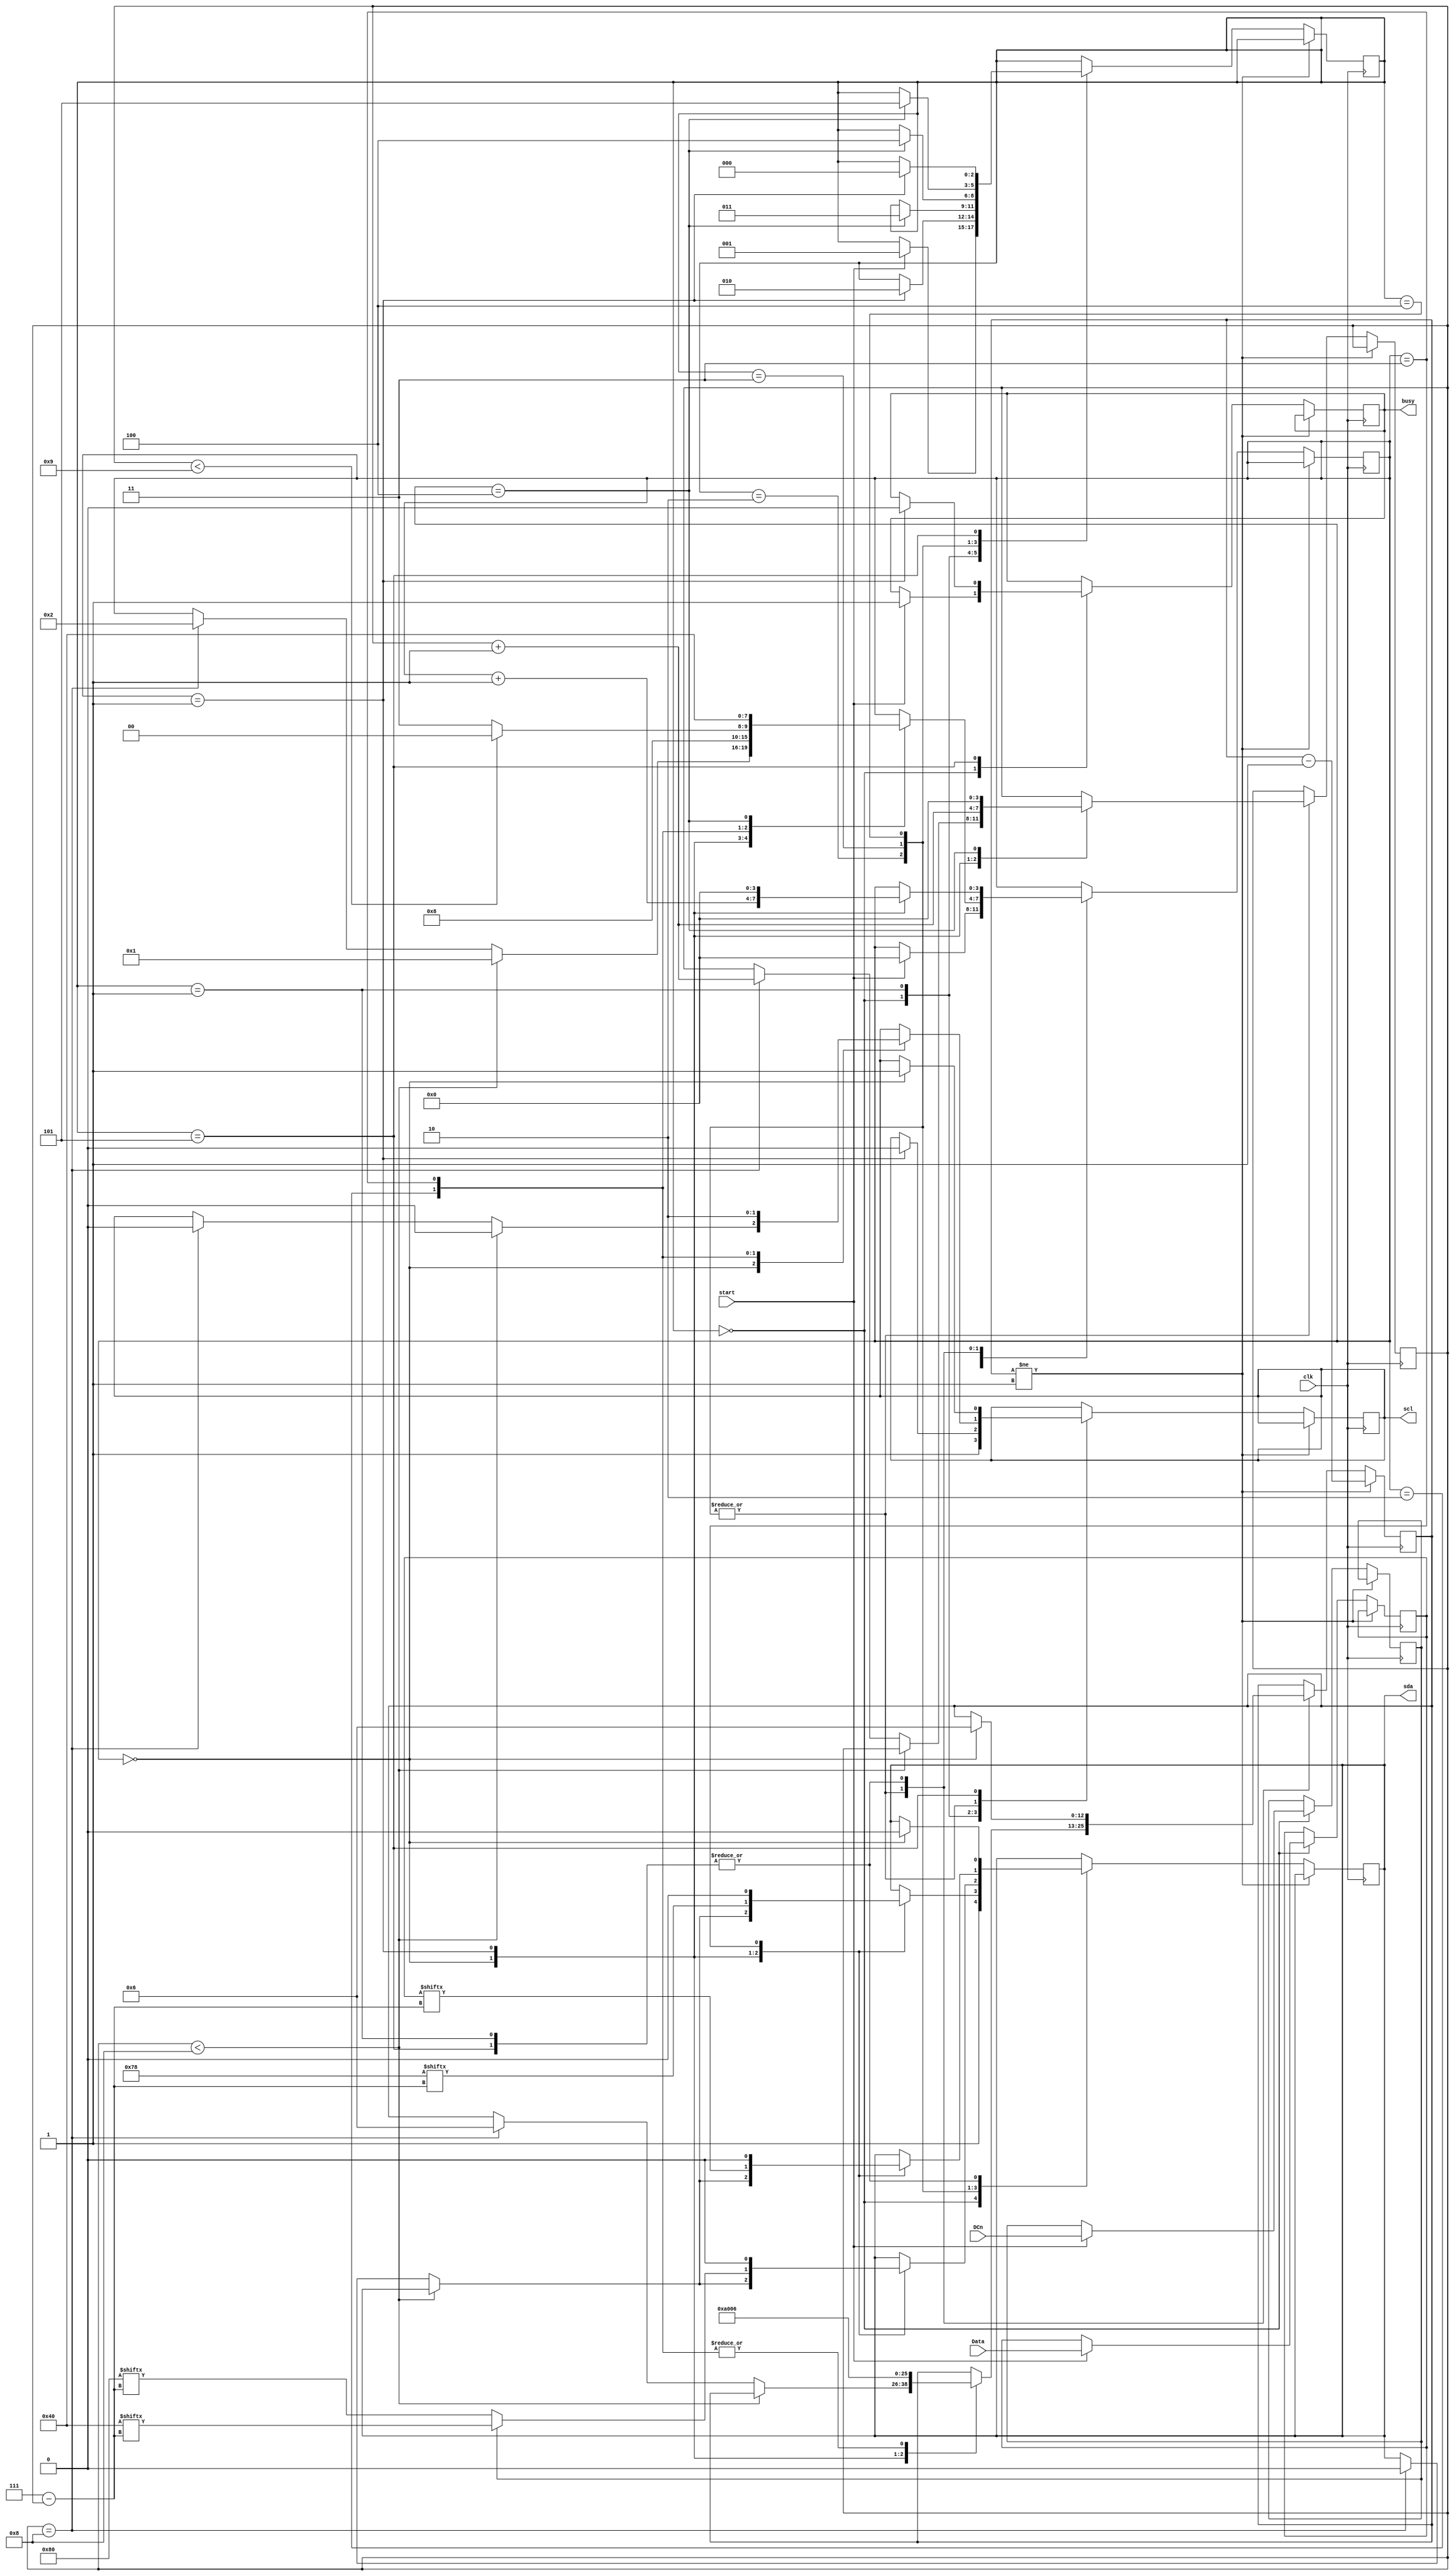
module I2C(
input clk,                     //clock input
input start,                   //start signal
input DCn,                     //1 -> Data/ 0 -> Command
input [7:0]Data,               //8-bit Data
output reg busy=0,             //I2C busy
output reg scl=1,              //Serial clock
output reg sda=1);             //Serial data

parameter IDEL  = 0;
parameter START = 1;
parameter ADDR  = 2;
parameter CBYTE = 3;
parameter DATA  = 4;
parameter STOP  = 5;
parameter T_WAIT= 6;        //=wait_time*clk_frequency  =5us*12MHz 4

reg DCn_r=0;
reg [2:0]state=0;
reg [3:0]i=0;
reg [3:0]step=0;
reg [12:0]delay=1;
reg [7:0]slave= 8'b01111000;   //slave address
reg [7:0]cbyte= 8'b10000000;   //Control byte for command
reg [7:0]dbyte= 8'b01000000;   //Control byte for data
reg [7:0]data=  0;

always @(posedge clk)
begin

if(delay != 1)                 //if delay is not zero, wait for clock cycles specified by delay
begin
 delay<= delay-1;
end else begin                 //if delay is zero, proceed
 case(state)
 IDEL:begin
 	scl<=1;
 	sda<=1;
 	if(start) 
 	begin                  //when start signal is recieved,
 	   DCn_r<=DCn;         //fetch data or command?
 	   data<=Data;         //detch data/command to transmit
 	   busy<=1;            //update busy flag
 	   state<= START;      //start transmission
 	   step<=0;            //sub state = 0    
 	end
      end
      
 START:begin                   //start signal. 
 	case(step)
 	0:begin
 	    sda<=0;            //SDA goes low
 	    delay<=T_WAIT;     //wait for T_WAIT cycles
 	    step<=step+1;      
 	  end
 	1:begin
 	    scl<=0;            //SCL goes low
 	    // delay<=T_WAIT;     //Wait for T_WAIT cycles
 	    //step<=step+1;
	    state<=ADDR;       //Start sending address
 	    step<=0;
 	  end
 	// 2:begin
 	//     state<=ADDR;       //Start sending address
 	//     step<=0;
 	//   end
 	endcase
       end

 ADDR:begin
 	case(step)
 	0:begin
 	  if(i<8)              //check if all bits are transmitted
 	  begin
 	      scl<=0;          //SCL goes low
 	      step<=1;
 	  end else if(i==8)    //ACK bit
 	  begin
 	      scl<=0;
 	      sda<=0;
 	      delay<=T_WAIT;
 	      i<=i+1;
 	      step<=2;
 	  end
 	  end
 	1:begin
 	      sda<=slave[7-i];  //transmit address bit
 	      delay<=T_WAIT-1;
 	      i<=i+1;
 	      step<=2;
 	  end
 	2:begin
 	    if(i<9)
 	    begin
 	      scl<=1;           //SCL goes high
 	      delay<=T_WAIT;    //Delay
 	      step<=0;
 	    end else begin
 	      scl<=1;
 	      delay<=T_WAIT;
 	      step<=3;
 	    end
 	  end
 	3:begin
 	      scl<=0;           //SCL goes low
 	      sda<=0;
 	      delay<=T_WAIT;    //Delay
 	      step<=4;
 	  end
 	4:begin
 	      step<=0;
 	      i<=0;
 	      state<=CBYTE;     //transmit control byte
 	  end
 	endcase
      end
      
 CBYTE:begin
 	case(step)
 	0:begin
 	  if(i<8)
 	  begin
 	      scl<=0;
 	      step<=1;
 	  end else if(i==8)
 	  begin
 	      scl<=0;
 	      sda<=0;
 	      delay<=T_WAIT;
 	      i<=i+1;
 	      step<=2;
 	  end
 	  end
 	1:begin
 	      if(DCn_r)
 	      begin
 	      	sda<=dbyte[7-i];
 	      end else begin
 	      	sda<=cbyte[7-i];
 	      end
 	      delay<=T_WAIT-1;
 	      i<=i+1;
 	      step<=2;
 	  end
 	2:begin
 	    if(i<9)
 	    begin
 	      scl<=1;
 	      delay<=T_WAIT;
 	      step<=0;
 	    end else begin
 	      scl<=1;
 	      delay<=T_WAIT;
 	      step<=3;
 	    end
 	  end
 	3:begin
 	      scl<=0;
 	      sda<=0;
 	      delay<=T_WAIT;
 	      step<=4;
 	  end
 	4:begin
 	      step<=0;
 	      i<=0;
 	      state<=DATA;
 	  end
 	
 	endcase
      end
      
 DATA:begin
 	case(step)
 	0:begin
 	  if(i<8)
 	  begin
 	      scl<=0;
 	      step<=1;
 	  end else if(i==8)
 	  begin
 	      scl<=0;
 	      sda<=0;
 	      delay<=T_WAIT;
 	      i<=i+1;
 	      step<=2;
 	  end
 	  end
 	1:begin
 	      sda<=data[7-i];
 	      delay<=T_WAIT-1;
 	      i<=i+1;
 	      step<=2;
 	  end
 	2:begin
 	    if(i<9)
 	    begin
 	      scl<=1;
 	      delay<=T_WAIT;
 	      step<=0;
 	    end else begin
 	      scl<=1;
 	      delay<=T_WAIT;
 	      step<=3;
 	    end
 	  end
 	3:begin
 	      scl<=0;
 	      sda<=0;
 	      delay<=T_WAIT;
 	      step<=4;
 	  end
 	4:begin
 	      step<=0;
 	      i<=0;
 	      state<=STOP;
 	  end
 	
 	endcase
      end   
 STOP:begin
 	case(step)
 	0:begin
 	    scl<=1;         //SCL goes high
 	    sda<=0;         //SDA goes low
 	    delay<=T_WAIT;     //Wait
 	    step<=step+1;
 	  end
 	1:begin
 	    state<=IDEL;   //IDLE, SDA goes high
 	    busy<=0;       //Update busy flag
 	    step<=0; 
 	  end
 	endcase
       end    

 endcase
end
end


endmodule